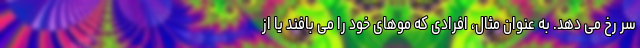
سر رخ می دهد. به عنوان مثال، افرادی که موهای خود را می بافند یا از